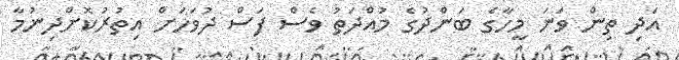
އަދި ތިން ވަނަ މީހާގެ ބަންދުގެ މުއްދަތު ވެސް ފަސް ދުވަހަށް އިތުރުކޮށްދިނުމާ